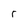
Character: r